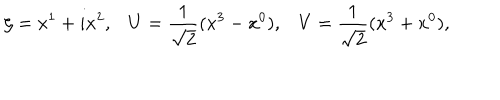
LaTeX: \zeta = x ^ { 1 } + i x ^ { 2 } , { U } = \frac { 1 } { \sqrt { 2 } } ( x ^ { 3 } - x ^ { 0 } ) , { V } = \frac { 1 } { \sqrt { 2 } } ( x ^ { 3 } + x ^ { 0 } ) ,